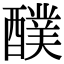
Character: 醭